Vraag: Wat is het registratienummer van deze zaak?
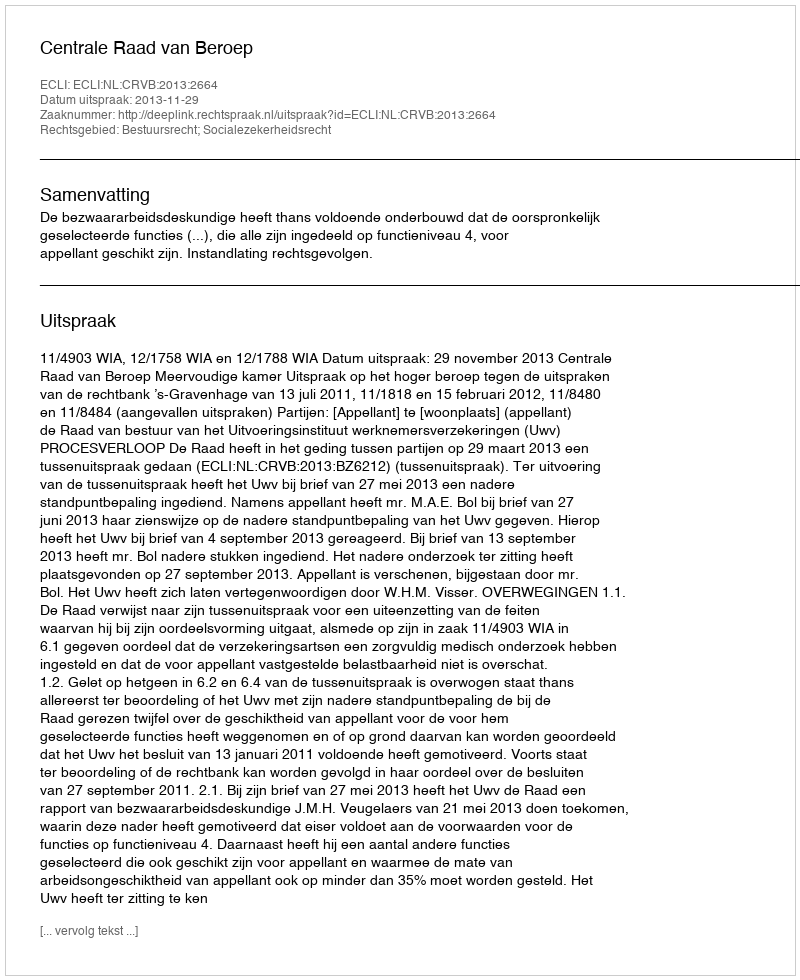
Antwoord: http://deeplink.rechtspraak.nl/uitspraak?id=ECLI:NL:CRVB:2013:2664